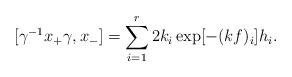
LaTeX: \begin{align*}[\gamma^{-1} x_+ \gamma, x_-] = \sum_{i=1}^r 2k_i \exp [- (kf)_i] h_i.\end{align*}